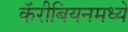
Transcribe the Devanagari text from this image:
कॅरीबियनमध्ये